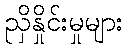
ညှိနှိုင်းမှုများ